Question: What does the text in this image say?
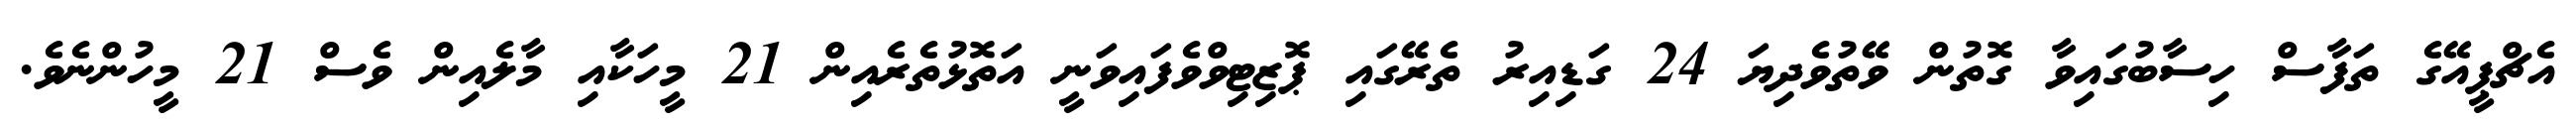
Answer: އެޗްޕީއޭގެ ތަފާސް ހިސާބުގައިވާ ގޮތުން ވޭތުވެދިޔަ 24 ގަޑިއިރު ތެރޭގައި ޕޮޒިޓިވްވެފައިވަނީ އަތޮޅުތެރެއިން 21 މީހަކާއި މާލެއިން ވެސް 21 މީހުންނެވެ.